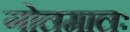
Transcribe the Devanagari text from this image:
गोलमालः